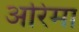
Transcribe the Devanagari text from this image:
अरिमा